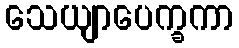
သေယျာပေက္ခကာ